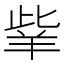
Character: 𦍧